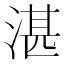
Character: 湛